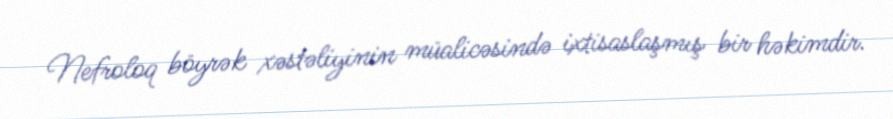
Nefroloq böyrək xəstəliyinin müalicəsində ixtisaslaşmış bir həkimdir.